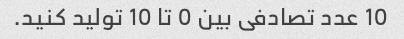
10 عدد تصادفی بین 0 تا 10 تولید کنید.